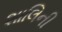
શાલિની